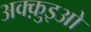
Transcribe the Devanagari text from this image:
अक्क़ुइओ